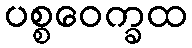
ပစ္စဝေက္ခထ